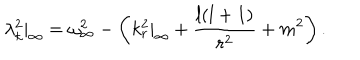
\lambda _ { k } ^ { 2 } | _ { \infty } = \omega _ { \infty } ^ { 2 } - \left( k _ { r } ^ { 2 } | _ { \infty } + { \frac { l ( l + 1 ) } { r ^ { 2 } } } + m ^ { 2 } \right) .